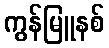
ကွန်မြူနစ်